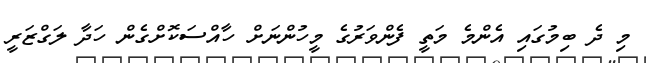
މި ދެ ބިމުގައި އެންމެ މަތީ ފެންވަރުގެ މީހުންނަށް ހާއްސަކޮށްގެން ހަދާ ލަގްޒަރީ